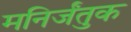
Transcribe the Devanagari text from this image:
मनिर्जंतुक